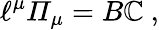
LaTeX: {\ell}^{\mu}{\mit\Pi}_{\mu}={B}{\mathbb{C}}\ ,